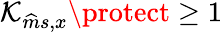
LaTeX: \mathcal{K}_{\widehat{m}s,x}\protect\geq 1